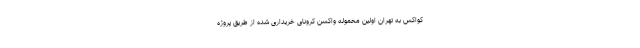
کواکس به تهران اولین محموله واکسن کرونای خریداری شده از طریق پروژه